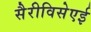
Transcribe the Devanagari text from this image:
सैरीविसेएई